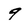
Character: 9